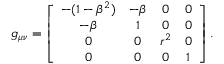
g _ { \mu \nu } = \left[ \begin{array} { c c c c } { - ( 1 - \beta ^ { 2 } ) } & { - \beta } & { 0 } & { 0 } \\ { - \beta } & { 1 } & { 0 } & { 0 } \\ { 0 } & { 0 } & { r ^ { 2 } } & { 0 } \\ { 0 } & { 0 } & { 0 } & { 1 } \end{array} \right] .